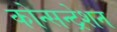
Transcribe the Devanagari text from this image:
कोन्सन्ट्रेशन